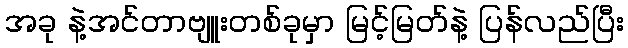
အခု နဲ့အင်တာဗျူးတစ်ခုမှာ မြင့်မြတ်နဲ့ ပြန်လည်ပြီး